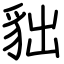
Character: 貀